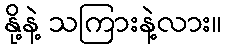
နို့နဲ့ သကြားနဲ့လား။